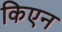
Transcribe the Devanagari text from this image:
किएन